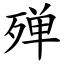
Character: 殚